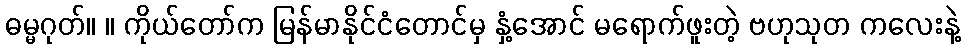
ဓမ္မဂုတ်။ ။ ကိုယ်တော်က မြန်မာနိုင်ငံတောင်မှ နှံ့အောင် မရောက်ဖူးတဲ့ ဗဟုသုတ ကလေးနဲ့